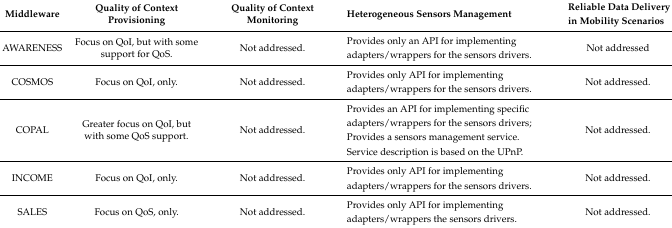
| Middleware | Quality of Context Provisioning | Quality of Context Monitoring | Heterogeneous Sensors Management | Reliable Data Delivery in Mobility Scenarios |
 | --- | --- | --- | --- | --- |
 | AWARENESS | Focus on QoI, but with some support for QoS. | Not addressed. | Provides only an API for implementing adapters/wrappers for the sensors drivers. | Not addressed |
 | COSMOS | Focus on QoI, only. | Not addressed. | Provides only API for implementing adapters/wrappers for the sensors drivers. | Not addressed. |
 | COPAL | Greater focus on QoI, but with some QoS support. | Not addressed. | Provides an API for implementing specific adapters/wrappers for the sensors drivers;Provides a sensors management service.Service description is based on the UPnP. | Not addressed. |
 | INCOME | Focus on QoI, only. | Not addressed. | Provides only API for implementing adapters/wrappers for the sensors drivers. | Not addressed. |
 | SALES | Focus on QoS, only. | Not addressed. | Provides only API for implementing adapters/wrappers the sensors drivers. | Not addressed. |